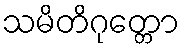
သမိတိဂုတ္တော